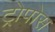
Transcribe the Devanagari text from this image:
ट्रोपोस